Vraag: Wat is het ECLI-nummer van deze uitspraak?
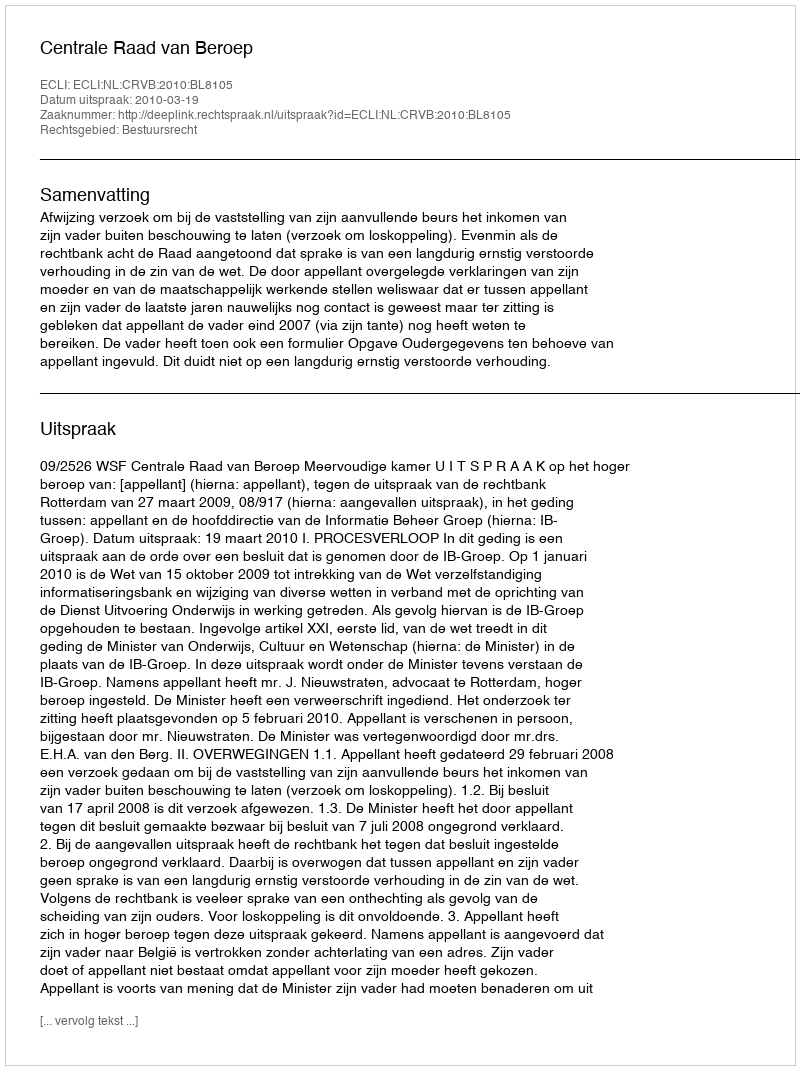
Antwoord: ECLI:NL:CRVB:2010:BL8105